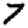
Digit: 7